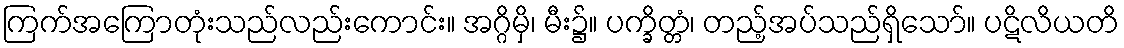
ကြက်အကြောတုံးသည်လည်းကောင်း။ အဂ္ဂိမှိ၊ မီး၌။ ပက္ခိတ္တံ၊ တည့်အပ်သည်ရှိသော်။ ပဋိလိယတိ